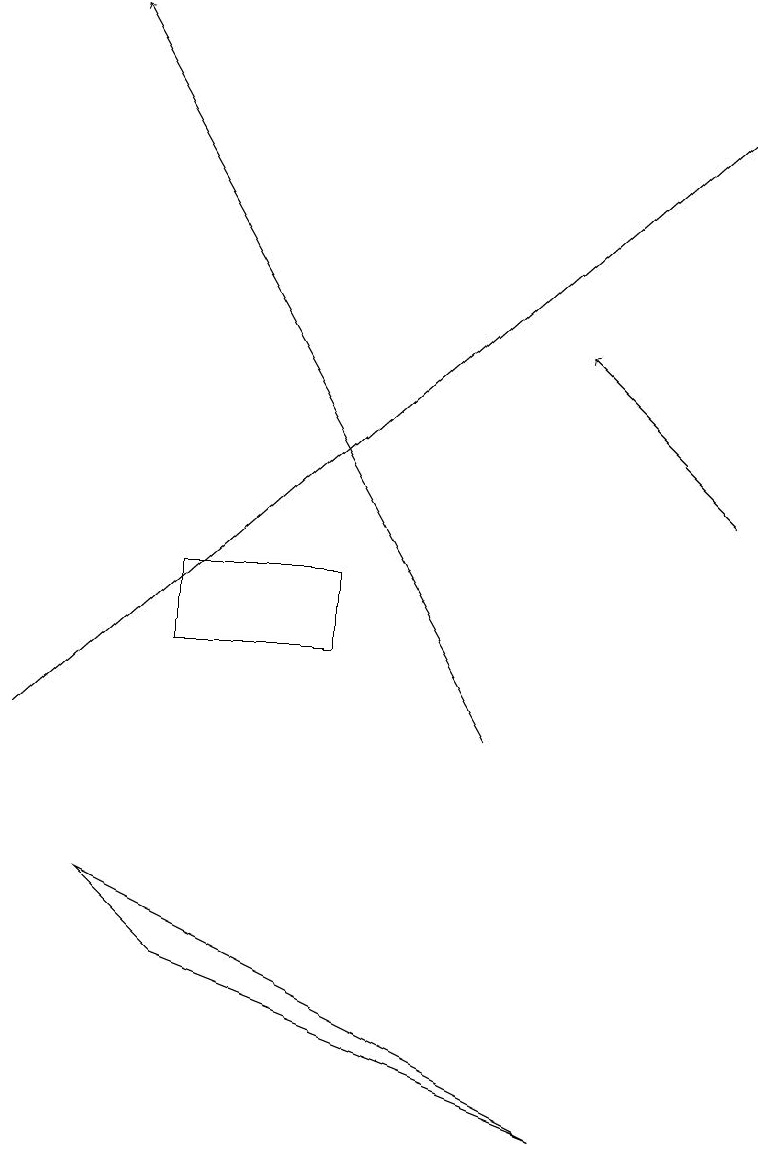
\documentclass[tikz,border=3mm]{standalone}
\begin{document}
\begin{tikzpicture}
\draw[->] (9,13) -- (7,15);
\draw[->] (6,10) -- (1,19);
\draw (2,12) rectangle (4,11);
\draw[->] (0,10) -- (9,18);
\draw (2,7) -- (7,5) -- (1,8) -- cycle;
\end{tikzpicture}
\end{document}